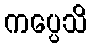
ကပ္ပေသိ